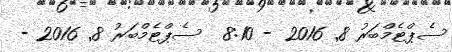
ސެޕްޓެމްބަރު 8